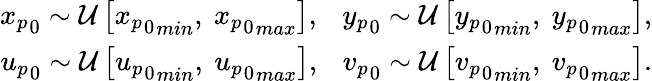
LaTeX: \begin{array}{r}{{x_{p}}_{0}\sim\mathcal{U}\left[{{x_{p}}_{0}}_{min},\ {{x_{p}}_{0}}_{max}\right],\ \ \ {y_{p}}_{0}\sim\mathcal{U}\left[{{y_{p}}_{0}}_{min},\ {{y_{p}}_{0}}_{max}\right],}\\ {{u_{p}}_{0}\sim\mathcal{U}\left[{{u_{p}}_{0}}_{min},\ {{u_{p}}_{0}}_{max}\right],\ \ \ {v_{p}}_{0}\sim\mathcal{U}\left[{{v_{p}}_{0}}_{min},\ {{v_{p}}_{0}}_{max}\right].}\end{array}